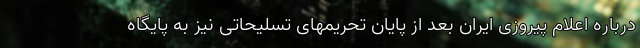
درباره اعلام پیروزی ایران بعد از پایان تحریمهای تسلیحاتی نیز به پایگاه